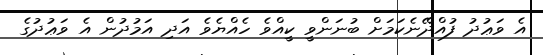
އެ ވަޢުދު ފުއްދޭނެކަމަށް ބުނަންވީ ކީއްވެ ހެއްޔެވެ އަދި އަމުދުން އެ ވަޢުދުގެ